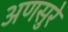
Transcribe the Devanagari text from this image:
अणसुरे